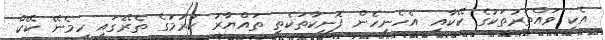
އެކި ވައްތަރުތަކުގެ ކޭކާއި އެހެނިހެން ފޮނިކާތަކެތި ތައްޔާރު ކުރުމުގެ ތެރޭގައި ހިމެނޭ ކޭކް